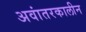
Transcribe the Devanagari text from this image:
अवांतरकालीन